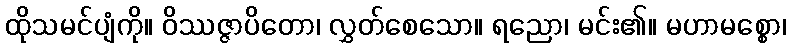
ထိုသမင်ပျံကို။ ဝိဿဇ္ဇာပိတော၊ လွှတ်စေသော။ ရညော၊ မင်း၏။ မဟာမစ္စော၊